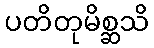
ပတိတုမိစ္ဆသိ